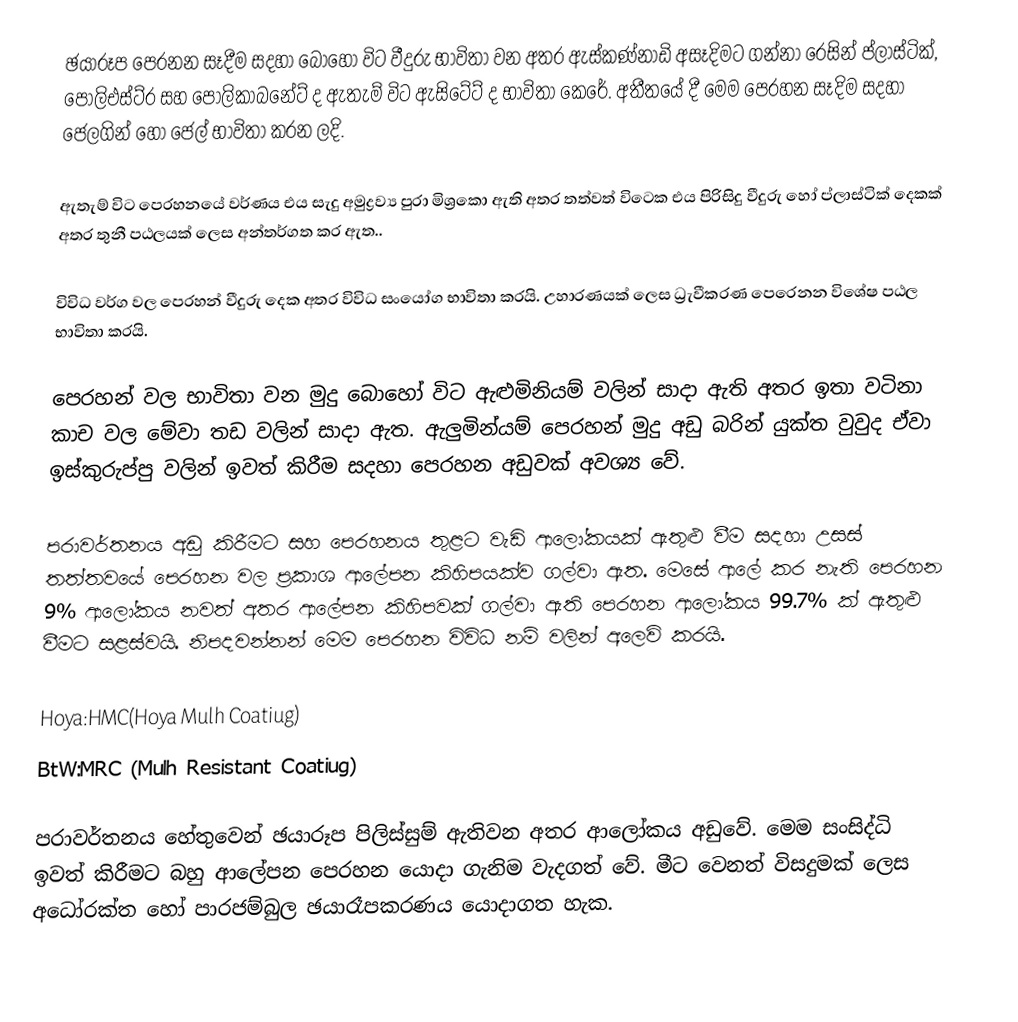
ඡයාරූප පෙරනන සෑදීම සදහා බොහෝ විට වීදුරු භාවිතා වන අතර ඇස්කණ්නාඩි අසෑදිමට ගන්නා රෙසින් ප්ලාස්ටික්, පොලිඑස්ට්ර සහ පොලිකාබනේට් ද ඇතැම් විට ඇසිටේට් ද භාවිතා කෙරේ. අතීතයේ දී මෙම පෙරහන සෑදිම සදහා ජෙලගින් හෝ ජෙල් භාවිතා කරන ලදි.

ඇතැම් විට පෙරහනයේ වර්ණය එය සැදු අමුද්‍රව්‍ය පුරා මිශ්‍රකො ඇති අතර තත්වත් විටෙක එය පිරිසිදු වීදුරු හෝ ප්ලාස්ටික් දෙකක් අතර තුනී පඨලයක් ලෙස අන්තර්ගත කර ඇත..

විවිධ වර්ග වල පෙරහන් වීදුරු දෙක අතර විවිධ සංයෝග භාවිතා කරයි. උහාරණයක් ලෙස ධ්‍රැවීකරණ පෙරෙනන විශේෂ පඨල භාවිතා කරයි.

පෙරහන් වල භාවිතා වන මුදු බොහෝ විට ඇළුමිනියම් වලින් ‍සාදා ඇති අතර ඉතා වටිනා කාච වල මේවා තඩ වලින් සාදා ඇත. ඇලුමින්යම් පෙරහන් මුදු අඩු බරින් යුක්ත වුවුද ඒවා ඉස්කුරුප්පු වලින් ඉවත් කිරීම සදහා පෙරහන අඩුවක් අවශ්‍ය වේ.

පරාවර්තනය අඩු කිරීමට සහ පෙරහනය තුළට වැඩි ආලෝකයක් ඇතුළු වීම සදහා උසස් තත්තවයේ පෙරහන වල ප්‍රකාශ ආලේපන කිහිපයක්ව ගල්වා ඇත. මෙසේ ආලේ කර නැති පෙරහන 9% ආලෝකය නවත් අතර ආලේපන කිහිපවක් ගල්වා ඇති පෙරහන ආලෝකය 99.7% ක් ඇතුළු වීමට සළස්වයි. නිපදවන්නන් මෙම පෙරහන විවිධ නම් වලින් අලෙවි කරයි.

Hoya:HMC(Hoya Mulh Coatiug)
BtW:MRC (Mulh Resistant Coatiug)

පරාවර්තනය හේතුවෙන් ඡයාරූප පිලිස්සුම් ඇතිවන අතර ආලෝකය අඩුවේ. මෙම සංසිද්ධි ඉවත් කිරීමට බහු ආ‍ලේපන පෙරහන යොදා ගැනිම වැදගත් වේ. මීට වෙනත් විසදුමක් ලෙස අධෝරක්ත හෝ පාරජම්බුල ඡයාරෑපකරණය යොදාගත හැක.